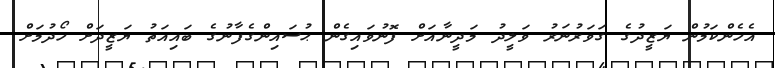
އެހެންކަމުން ޔަޒީދުގެ ގަވަރުނަރު ވަލީދު މަދީނާއަށް ފޮނުވައިގެން ޙުސައިންގެފާނުގެ ބައިއަތު ޔަޒީދަށް ހޯދުމަށް